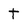
Character: t